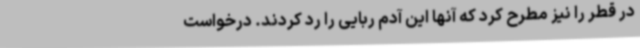
در قطر را نیز مطرح کرد که آنها این آدم ربایی را رد کردند. درخواست